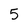
Character: 5